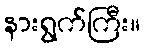
နားရွက်ကြီး။